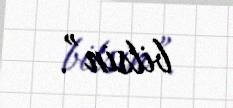
bilsin”.